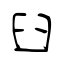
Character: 臼